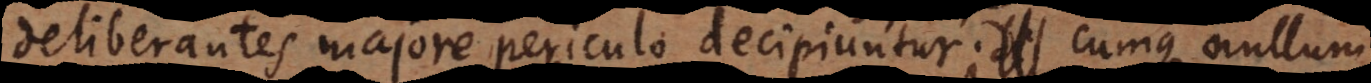
deliberantes majore periculo decipiuntur; plerumque enim